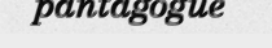
pantagogue